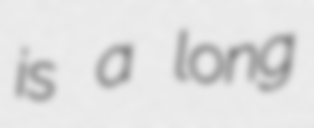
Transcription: is a long